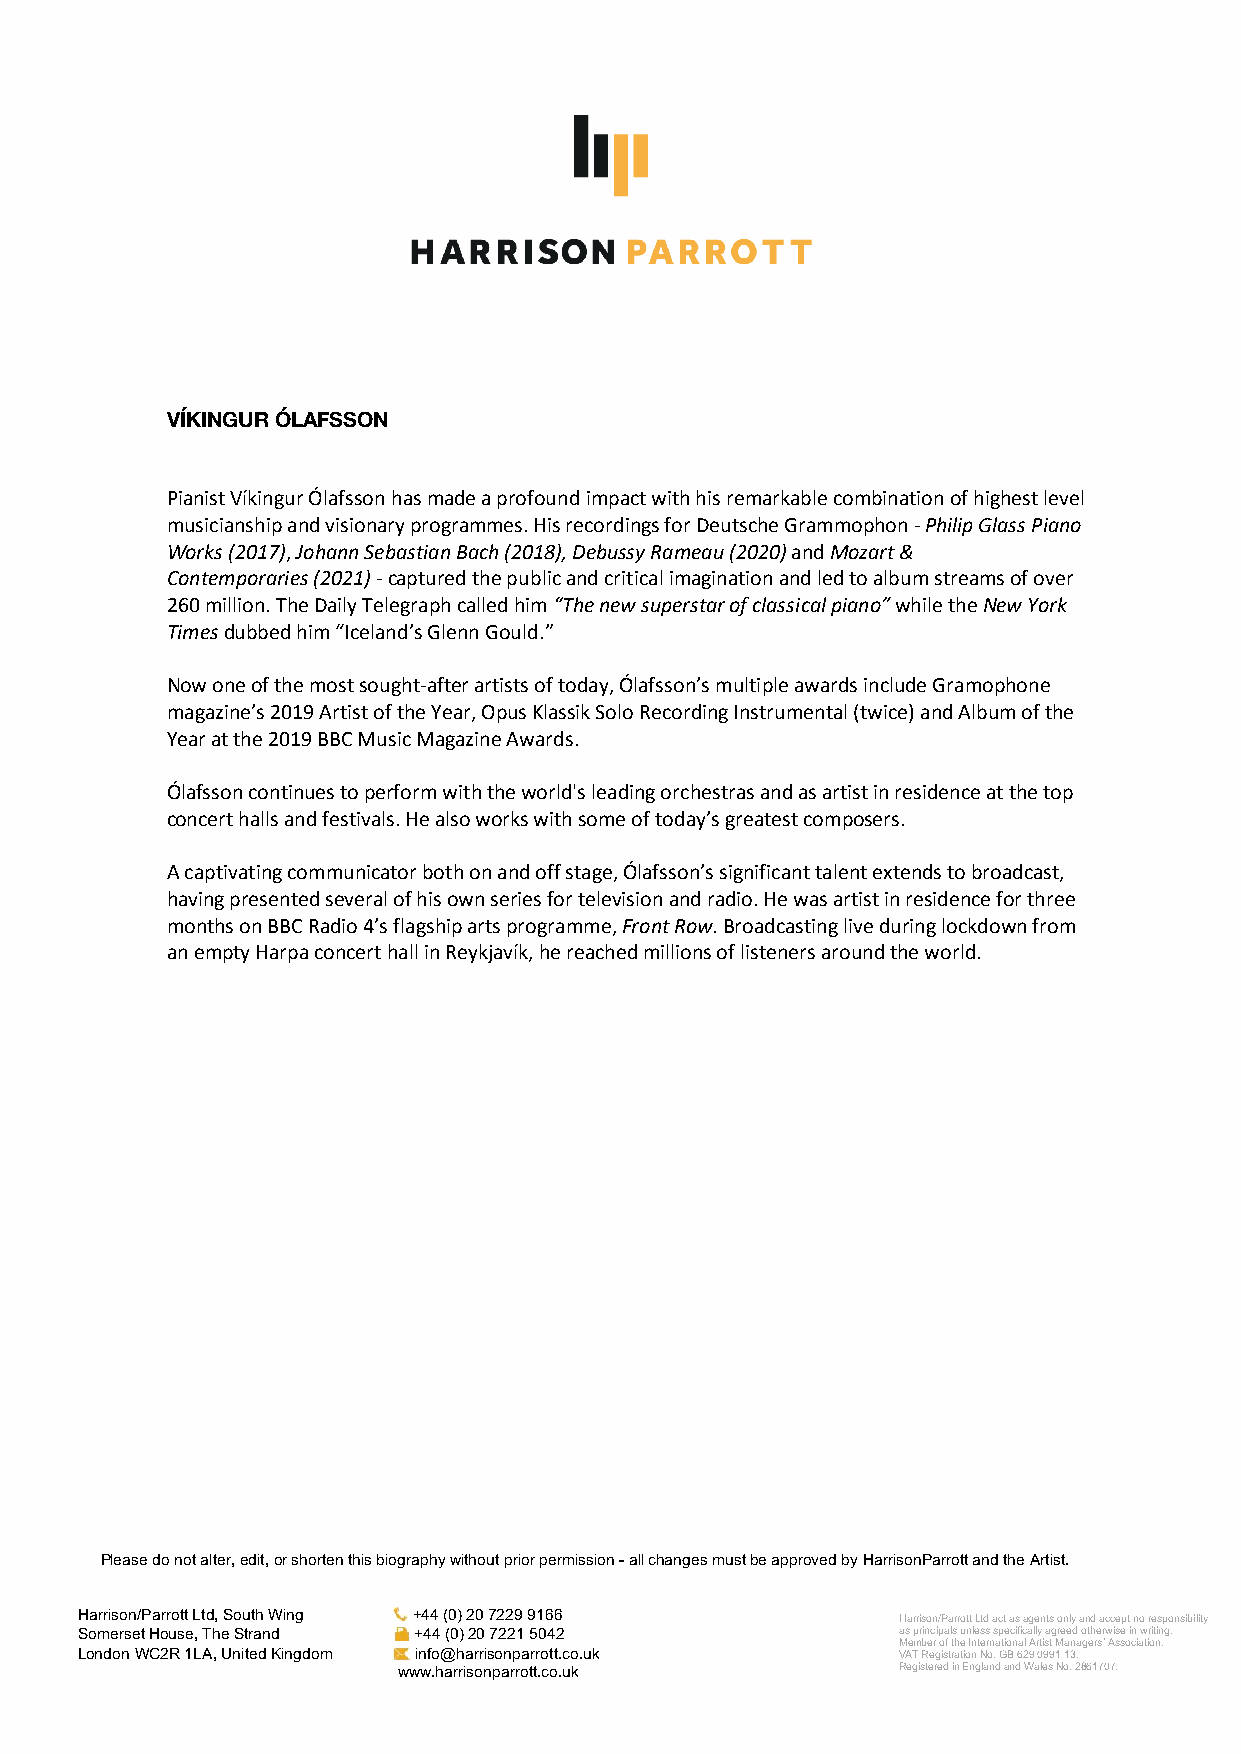
VÍKINGUR ÓLAFSSON
 Pianist Víkingur Ólafsson has made a profound impact with his remarkable combination of highest level
 musicianship and visionary programmes. His recordings for Deutsche Grammophon - Philip Glass Piano
 Works (2017), Johann Sebastian Bach (2018), Debussy Rameau (2020) and Mozart &
 Contemporaries (2021) - captured the public and critical imagination and led to album streams of over
 260 million. The Daily Telegraph called him “The new superstar of classical piano” while the New York
 Times dubbed him “Iceland’s Glenn Gould.”
 Now one of the most sought-after artists of today, Ólafsson’s multiple awards include Gramophone
 magazine’s 2019 Artist of the Year, Opus Klassik Solo Recording Instrumental (twice) and Album of the
 Year at the 2019 BBC Music Magazine Awards.
 Ólafsson continues to perform with the world's leading orchestras and as artist in residence at the top
 concert halls and festivals. He also works with some of today’s greatest composers.
 A captivating communicator both on and off stage, Ólafsson’s significant talent extends to broadcast,
 having presented several of his own series for television and radio. He was artist in residence for three
 months on BBC Radio 4’s flagship arts programme, Front Row. Broadcasting live during lockdown from
 an empty Harpa concert hall in Reykjavík, he reached millions of listeners around the world.
 Please do not alter, edit, or shorten this biography without prior permission - all changes must be approved by HarrisonParrott and the Artist.
 Harrison/Parrott Ltd, South Wing +44 (0) 20 7229 9166 Harrison/Parrott Ltd act as agents only and accept no responsibility
 S omerset House, The Strand +44 (0) 20 7221 5042      as principals unless specifically agreed otherwise in writing.
 Member of the International Artist Managers’ Association.
 London WC2R 1LA, United Kingdom info@harrisonparrott.co.uk VAT Registration No. GB 629 0991 13.
 www.harrisonparrott.co.uk        Registered in England and Wales No. 2861707.